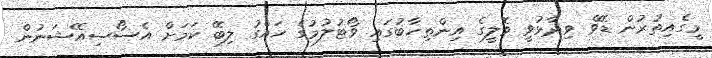
މީގެއިތުރުން ޑޭވް ވިދާޅުވީ ވޮލީގެ އިންތިހާބުގައި ވޯޓުލުމުގެ ހައްގު ލިބޭ ކަމަށް އެސޯސިއޭޝަނުން